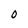
Character: O